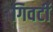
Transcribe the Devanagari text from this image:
गिवर्टी